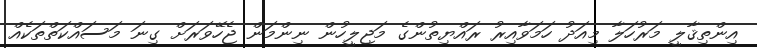
އިންތިޤާލީ މަރުހަލާ މިއަދު ހަމަވާއިރު ރައްޔިތުންގެ މަޖިލީހުން ނިންމަން ޖެހޭވަރަށް ގިނަ މަސައްކަތްތަކެއް